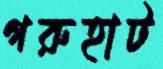
গরুহাট